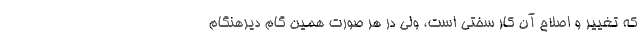
که تغییر و اصلاح آن کار سختی است، ولی در هر صورت همین گام دیرهنگام